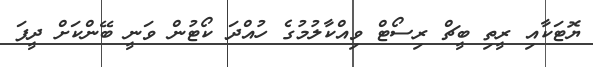
ޔޮޓަކާއި ރީތި ބީޗް ރިސޯޓް ވިއްކާލުމުގެ ހުއްދަ ކޯޓުން ވަނީ ބޭންކަށް ދީފަ